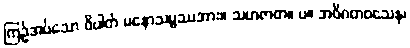
ကြဉ်အပ်သော ဝိပါတ် မနောသမ္ဖဿအား။ သဟဇာတ။ ပ။ အဝိဂတဝသေန၊